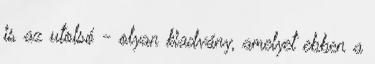
is az utolsó - olyan kiadvány, amelyet ebben a